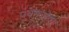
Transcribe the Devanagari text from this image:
पुयेमनोवा